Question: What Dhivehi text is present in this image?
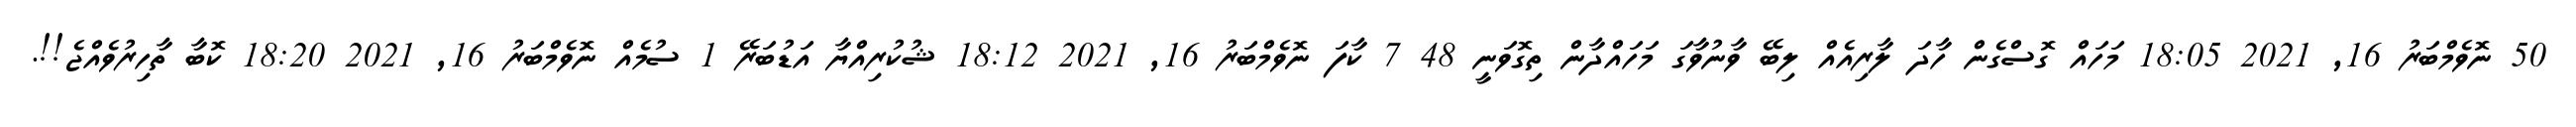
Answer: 50 ނޮވެމްބަރު 16, 2021 18:05 މަހައް ގޮސްގެން ހާދަ ލާރިއެއް ލިބޭ ވާނުވާގަ މަހައްދާން ތިގޮވަނީ 48 7 ކާފަ ނޮވެމްބަރު 16, 2021 18:12 ޝުކުރިއްޔާ އަޑުބަރޭ 1 ސުމެއް ނޮވެމްބަރު 16, 2021 18:20 ކޮބާ ތާހިރުވެއްޖެ!!.